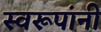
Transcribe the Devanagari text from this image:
स्वरूपांनी